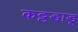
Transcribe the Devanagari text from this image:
कट्टडाडू